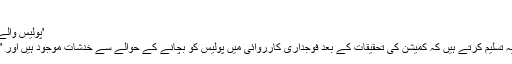
'
'پولیس والے جج، جیوری، مختار سب بنے ہیں'
صلاح الدین کے وکیل اسامہ خاور یہ تسلیم کرتے ہیں کہ کمیشن کی تحقیقات کے بعد فوجداری کارروائی میں پولیس کو بچانے کے حوالے سے خدشات موجود ہیں اور 'یہ نظامِ قانون کا ایک بڑا مسئلہ ہے۔